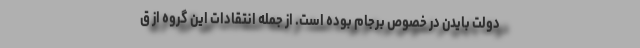
دولت بایدن در خصوص برجام بوده است. از جمله انتقادات این گروه از ق